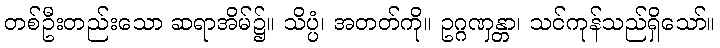
တစ်ဦးတည်းသော ဆရာအိမ်၌။ သိပ္ပံ၊ အတတ်ကို။ ဥဂ္ဂဏှန္တာ၊ သင်ကုန်သည်ရှိသော်။